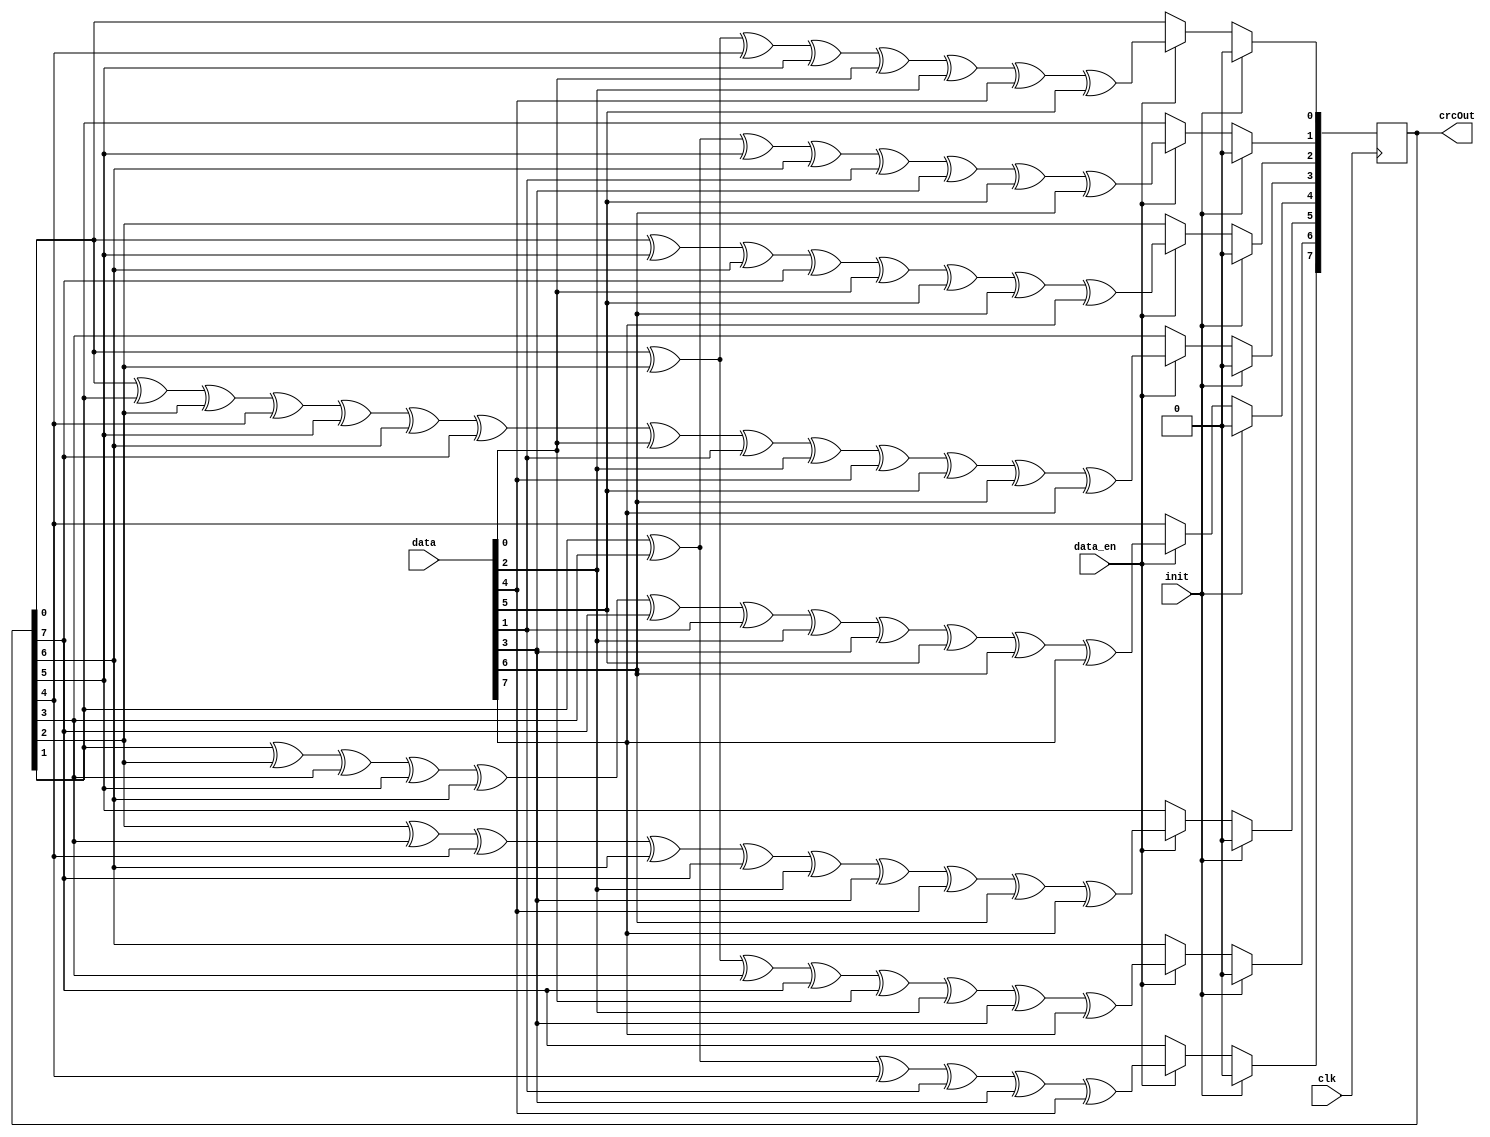
`timescale 1 ns / 1 ps
`default_nettype none

// THIS IS GENERATED VERILOG CODE.
// https://bues.ch/h/crcgen
// 
// This code is Public Domain.
// Permission to use, copy, modify, and/or distribute this software for any
// purpose with or without fee is hereby granted.
// 
// THE SOFTWARE IS PROVIDED "AS IS" AND THE AUTHOR DISCLAIMS ALL WARRANTIES
// WITH REGARD TO THIS SOFTWARE INCLUDING ALL IMPLIED WARRANTIES OF
// MERCHANTABILITY AND FITNESS. IN NO EVENT SHALL THE AUTHOR BE LIABLE FOR ANY
// SPECIAL, DIRECT, INDIRECT, OR CONSEQUENTIAL DAMAGES OR ANY DAMAGES WHATSOEVER
// RESULTING FROM LOSS OF USE, DATA OR PROFITS, WHETHER IN AN ACTION OF CONTRACT,
// NEGLIGENCE OR OTHER TORTIOUS ACTION, ARISING OUT OF OR IN CONNECTION WITH THE
// USE OR PERFORMANCE OF THIS SOFTWARE.

// CRC polynomial coefficients: x^8 + x^6 + x^3 + x^2 + 1
//                              0x4D (hex)
// CRC width:                   8 bits
// CRC shift direction:         left (big endian)
// Input word width:            8 bits

module crc_ss2 (
    input wire clk,
    input wire init,
    input wire [7:0] data,
    input wire data_en,
    output reg [7:0] crcOut
);

always @(posedge clk) begin
    if (init)
        crcOut <= 8'b0;
    else if (data_en) begin
        crcOut[0] <= (crcOut[0] ^ crcOut[2] ^ crcOut[4] ^ crcOut[5] ^ data[0] ^ data[2] ^ data[4] ^ data[5]);
        crcOut[1] <= (crcOut[1] ^ crcOut[3] ^ crcOut[5] ^ crcOut[6] ^ data[1] ^ data[3] ^ data[5] ^ data[6]);
        crcOut[2] <= (crcOut[0] ^ crcOut[5] ^ crcOut[6] ^ crcOut[7] ^ data[0] ^ data[5] ^ data[6] ^ data[7]);
        crcOut[3] <= (crcOut[0] ^ crcOut[1] ^ crcOut[2] ^ crcOut[4] ^ crcOut[5] ^ crcOut[6] ^ crcOut[7] ^ data[0] ^ data[1] ^ data[2] ^ data[4] ^ data[5] ^ data[6] ^ data[7]);
        crcOut[4] <= (crcOut[1] ^ crcOut[2] ^ crcOut[3] ^ crcOut[5] ^ crcOut[6] ^ crcOut[7] ^ data[1] ^ data[2] ^ data[3] ^ data[5] ^ data[6] ^ data[7]);
        crcOut[5] <= (crcOut[2] ^ crcOut[3] ^ crcOut[4] ^ crcOut[6] ^ crcOut[7] ^ data[2] ^ data[3] ^ data[4] ^ data[6] ^ data[7]);
        crcOut[6] <= (crcOut[0] ^ crcOut[2] ^ crcOut[3] ^ crcOut[7] ^ data[0] ^ data[2] ^ data[3] ^ data[7]);
        crcOut[7] <= (crcOut[1] ^ crcOut[3] ^ crcOut[4] ^ data[1] ^ data[3] ^ data[4]);
    end
end


endmodule

`default_nettype wire